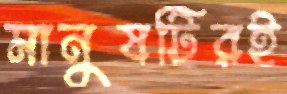
মানুষটিরই